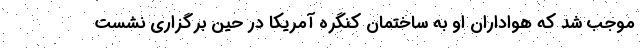
موجب شد که هواداران او به ساختمان کنگره آمریکا در حین برگزاری نشست